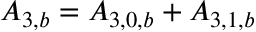
{ A _ { 3 , b } } = { A _ { 3 , 0 , b } } + { A _ { 3 , 1 , b } }